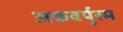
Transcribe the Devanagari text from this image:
अकबर्पुरम